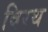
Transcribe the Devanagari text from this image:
विरथ